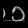
Digit: ၁